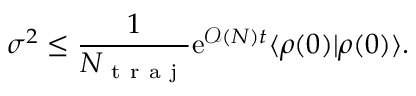
\sigma ^ { 2 } \le \frac { 1 } { N _ { \mathrm { ~ t ~ r ~ a ~ j ~ } } } \mathrm { e } ^ { \mathcal { O } ( N ) t } \langle \rho ( 0 ) | \rho ( 0 ) \rangle .